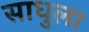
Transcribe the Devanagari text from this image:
साधुला